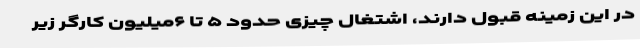
در این زمینه قبول دارند، اشتغالِ چیزی حدود ۵ تا ۶میلیون کارگر زیر